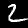
Label: 2